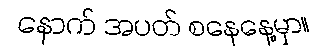
နောက် အပတ် စနေနေ့မှာ။